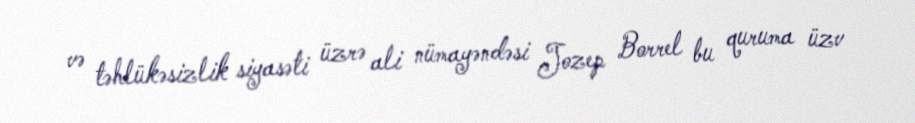
və təhlükəsizlik siyasəti üzrə ali nümayəndəsi Jozep Borrel bu quruma üzv